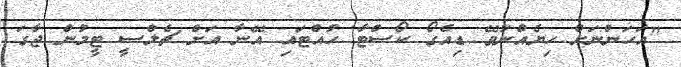
"އަހަންނަށް ހިޔެއްނުވޭ ޑިއެގޯ ކޯސްޓާ ހުއްޓައި އޭނާ އަށް ޗެލްސީ ޓީމުން ޖާގަ